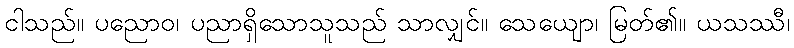
ငါသည်။ ပညောဝ၊ ပညာရှိသောသူသည် သာလျှင်။ သေယျော၊ မြတ်၏။ ယသဿီ၊